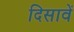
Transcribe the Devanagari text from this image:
दिसावें